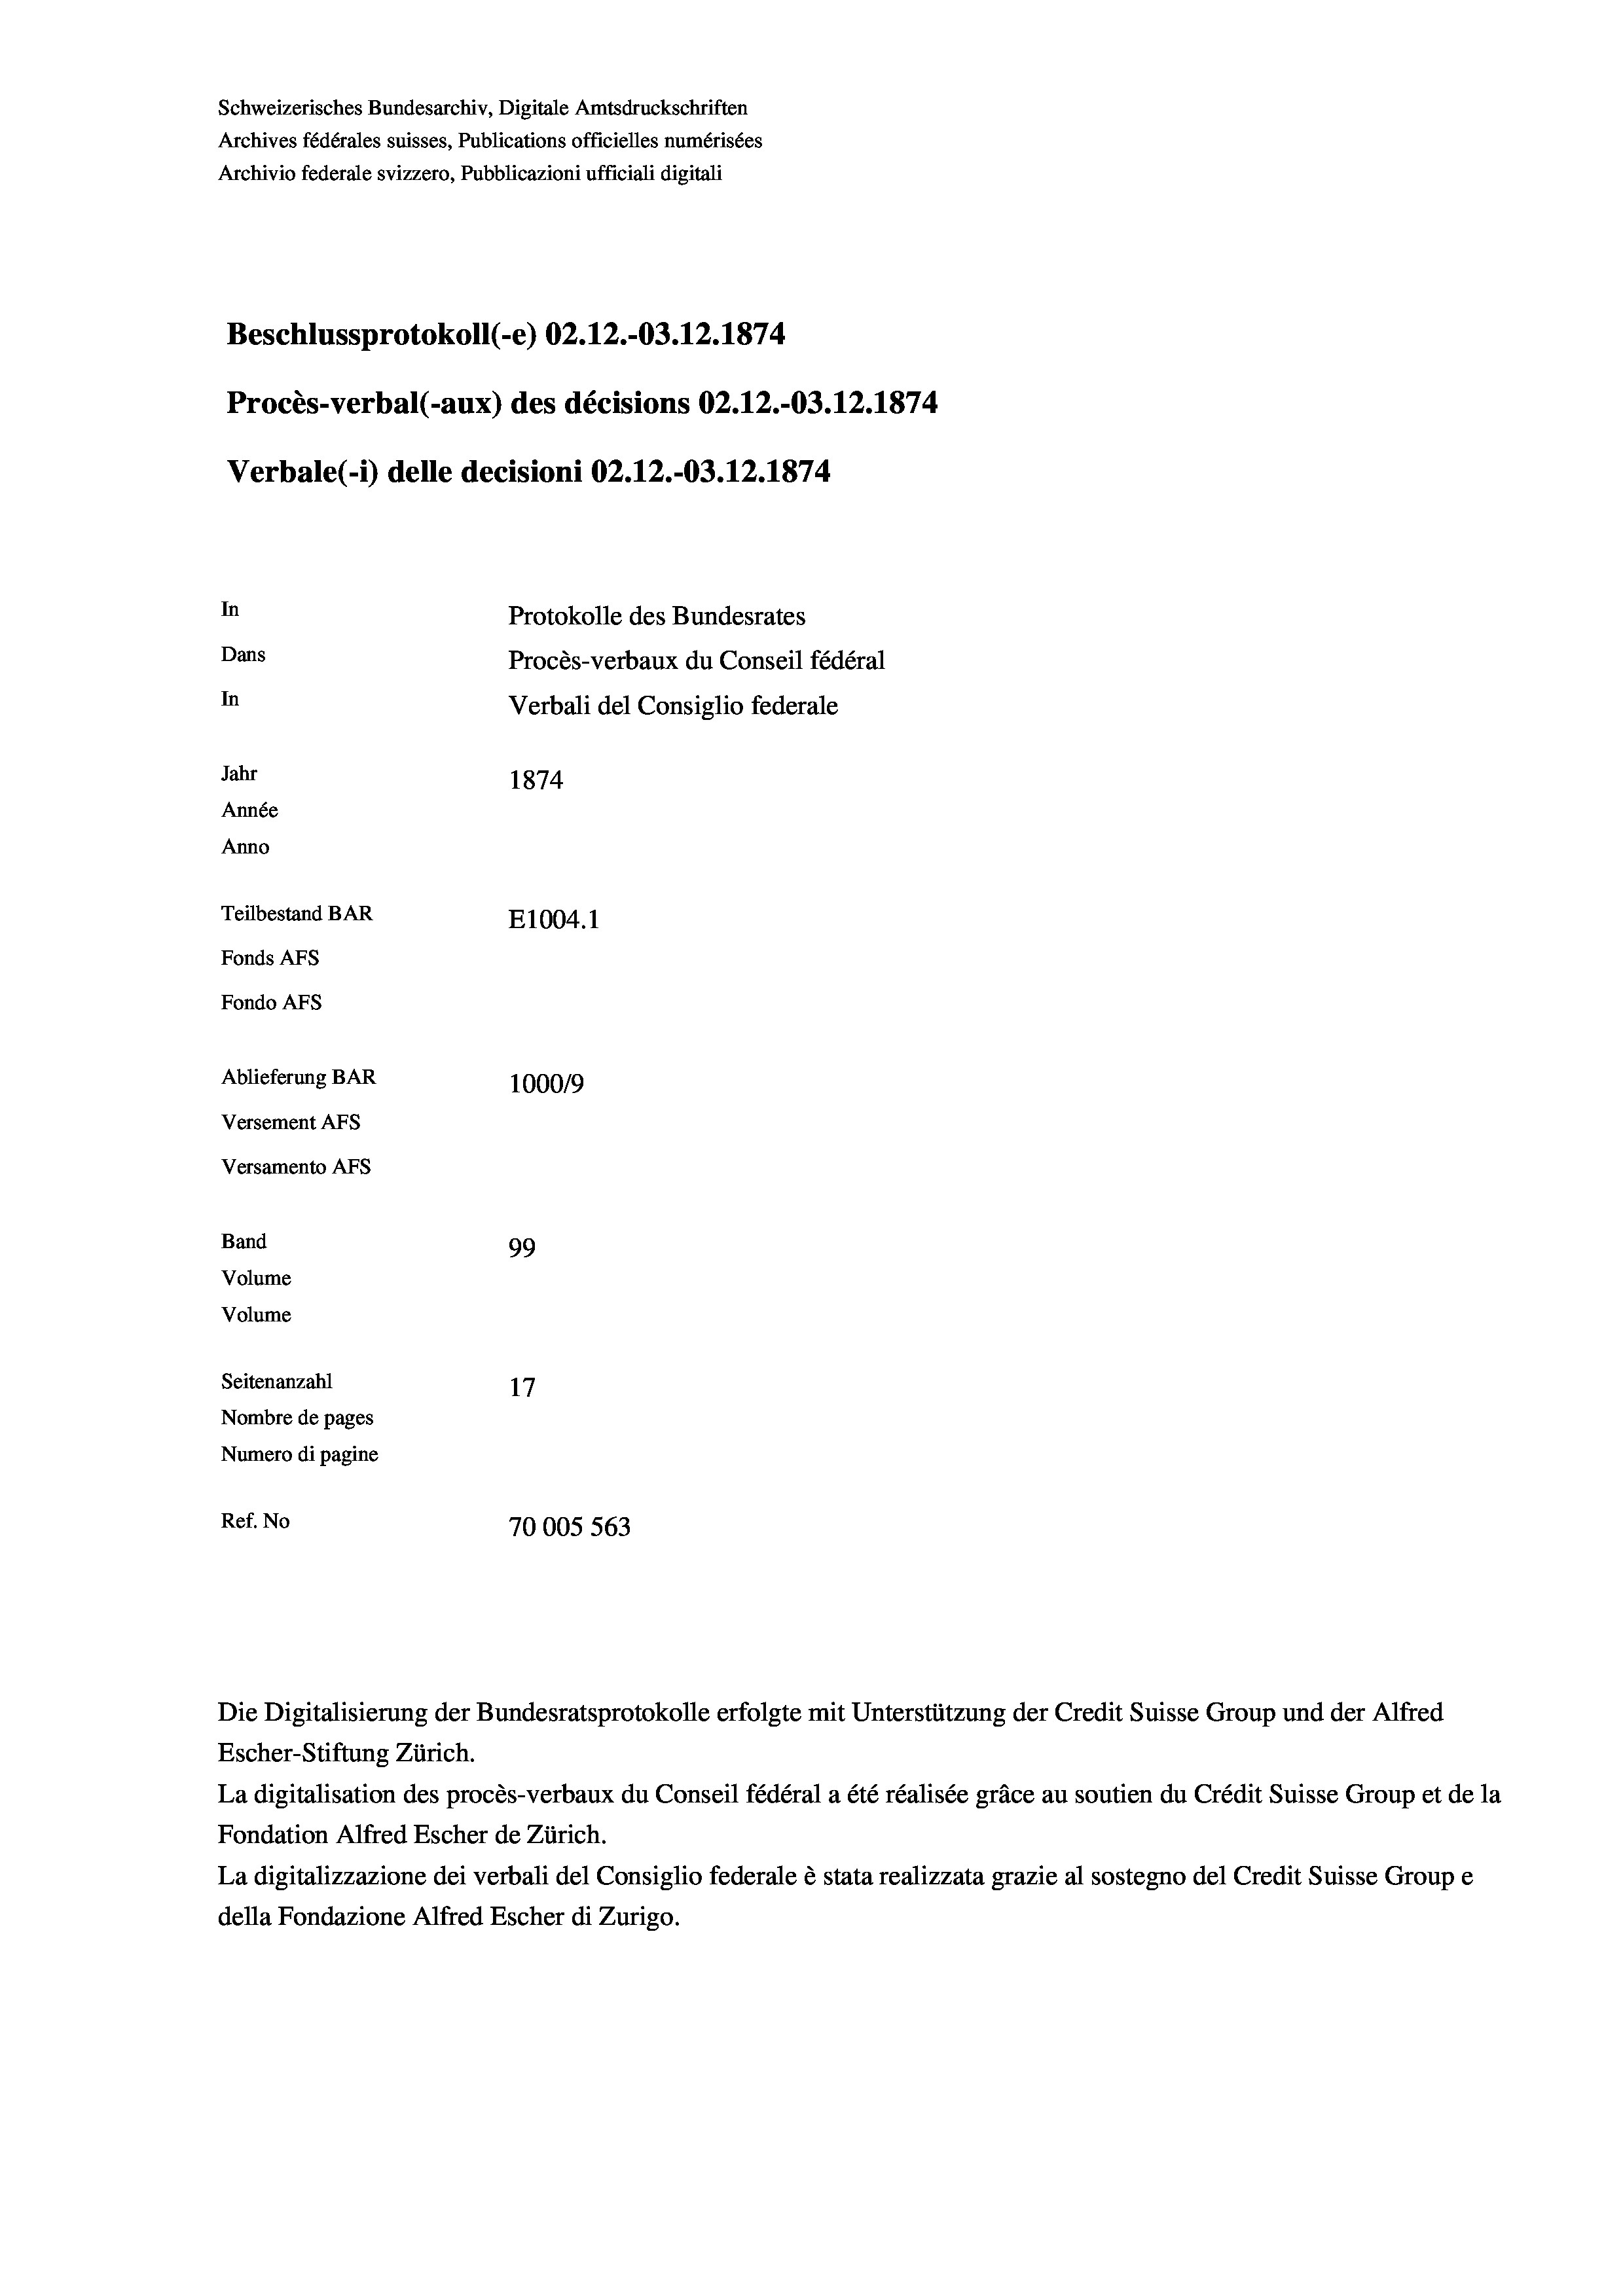
Schweizerisches Bundesarchiv, Digitale Amtsdruckschriften
Archives fédérales suisses, Publications officielles numérisées
Archivio federale svizzero, Pubblicazioni ufficiali digitali
Beschlussprotokoll (-e) 02.12.-03.12.1874
Procès-verbal (-aux) des décisions 02.12.-03.12.1874
Verbale(-*) delle decisioni 02.12.-03.12.1874
In
Protokolle des Bundesrates
Dans
Procès-verbaux du Conseil fédéral
In
Verbali del Consiglio federale
Jahr
1874
Année
Anno
Teilbestand BAR
E1004. 1
Fonds AFs
Fondo AFS
Ablieferung BAR
100019
Versement Ans
Versamento Afs
Band
99
Volume
Volume

Seitenanzahl
17
Nombre de pages
Numero di pagine
Ref. No
70005 563

Die Digitalisierung der Bundesratsprotokolle erfolgte mit Unterstützung der Credit Suisse Group und der Alfred
Escher-Stiftung Zürich.
La digitalisation des procès-verbaux du Conseil fédéral a été réalisée gräce au soutien du Crédit Suisse Group et de la
Fondation Alfred Escher de Zürich.
La digitalizzazione dei verbali del Consiglio federale è stata realizzata grazie al sostegno del Credit Suisse Groupe
della Fondazione Alfred Escher di Zurigo.